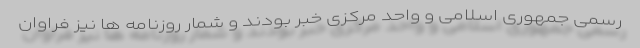
رسمی جمهوری اسلامی و واحد مرکزی خبر بودند و شمار روزنامه ها نیز فراوان